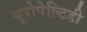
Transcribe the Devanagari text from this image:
यूरोपेल्टिडी